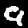
Label: 9